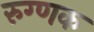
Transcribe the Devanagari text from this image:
रुग्णक